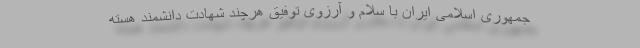
جمهوری اسلامی ایران با سلام و آرزوی توفیق هرچند شهادت دانشمند هسته